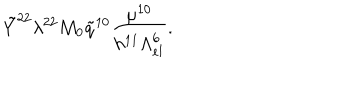
\tilde { Y } ^ { 2 2 } \lambda ^ { 2 2 } M _ { 0 } \tilde { q } ^ { 1 0 } \frac { \mu ^ { 1 0 } } { h ^ { 1 1 } \Lambda _ { e l } ^ { 6 } } .